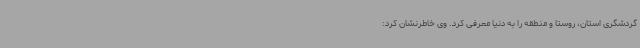
گردشگری استان، روستا و منطقه را به دنیا معرفی کرد. وی خاطرنشان کرد: